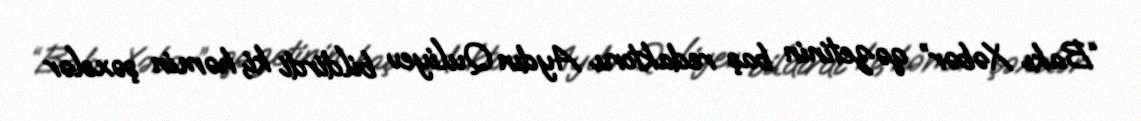
“Bakı Xəbər” qəzetinin baş redaktoru Aydın Quliyev bildirdi ki, həmin şəxslər